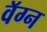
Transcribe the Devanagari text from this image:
वॅग्न